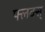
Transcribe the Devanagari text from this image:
फ्लक्स्